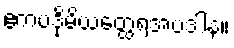
ဧကပဒိုမိယတ္ထေရအပဒါန။